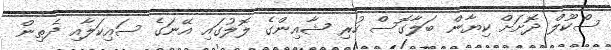
ސްކޫލް ދޮށަށް ކިޔާން ބަލާގޮސް ހުރި ޝާއިންގެ ލޮލުގައި އޭނަގެ ސައިކަލާއި ދެތިން